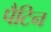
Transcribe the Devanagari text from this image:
पैटिन